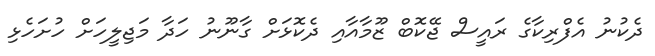
ދެކުނު އެފްރިކާގެ ރައީސް ޖޭކޮބް ޒޫމާއާއި ދެކޮޅަށް ގާނޫނު ހަދާ މަޖިލީހަށް ހުށަހެޅި